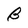
Character: B